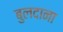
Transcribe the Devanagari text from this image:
बुलदाना